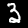
Label: 3